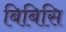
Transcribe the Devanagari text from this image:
बिबिसि